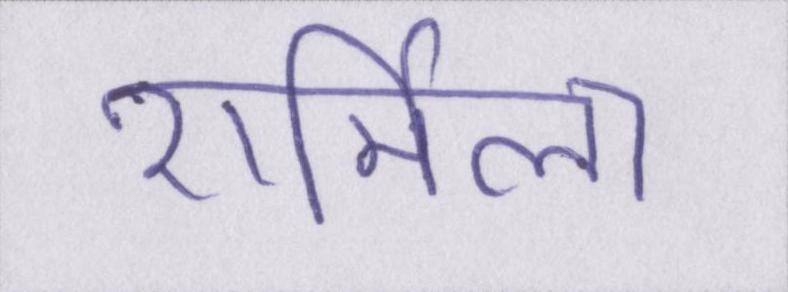
शर्मिला